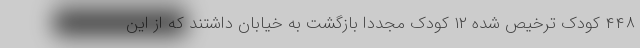
۴۴۸ کودک ترخیص شده ۱۲ کودک مجددا بازگشت به خیابان داشتند که از این